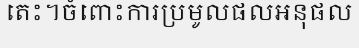
តេះ។ចំពោះការប្រមូលផលអនុផល